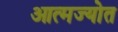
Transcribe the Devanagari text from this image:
आत्मज्योत